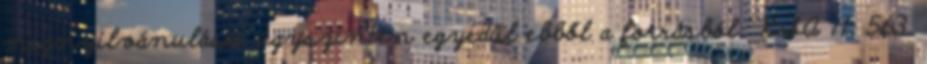
megnyilvánulását úgyszintén egyedül ebből a forrásból.” KSA 11: 563.